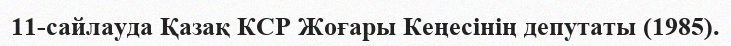
11-сайлауда Қазақ КСР Жоғары Кеңесінің депутаты (1985).